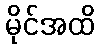
မိုင်အထိ